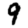
Digit: 9